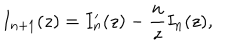
I _ { n + 1 } ( z ) = I _ { n } ^ { \prime } ( z ) - { \frac { n } { z } } I _ { n } ( z ) ,